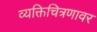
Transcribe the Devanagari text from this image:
व्यक्तिचित्रणावर